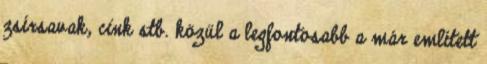
zsírsavak, cink stb. közül a legfontosabb a már említett